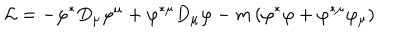
{ \cal L } = - \varphi ^ { \ast } D _ { \mu } \varphi ^ { \mu } + \varphi ^ { \ast \mu } D _ { \mu } \varphi - m \left( \varphi ^ { \ast } \varphi + \varphi ^ { \ast \mu } \varphi _ { \mu } \right)